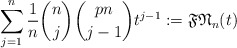
\begin{gather*}\sum_{j=1}^{n} {1 \over n} {n \choose j} {p n \choose j-1} t^{j-1}:=\mathfrak{FN}_{n}(t)\end{gather*}